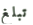
تبلغ